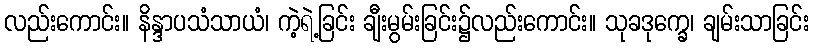
လည်းကောင်း။ နိန္ဒာပသံသာယံ၊ ကဲ့ရဲ့ခြင်း ချီးမွမ်းခြင်း၌လည်းကောင်း။ သုခဒုက္ခေ၊ ချမ်းသာခြင်း